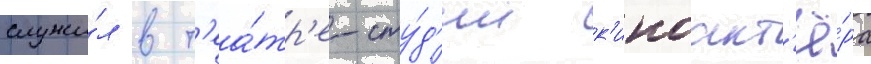
служи́л в т'еа́тр'е-сту́д'ии к'иноакт'ё́ра